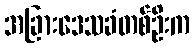
အခြားဒေသခံတစ်ဦးက